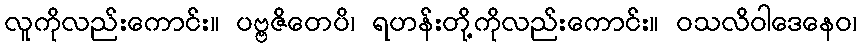
လူကိုလည်းကောင်း။ ပဗ္ဗဇိတေပိ၊ ရဟန်းတို့ကိုလည်းကောင်း။ ဝသလိဝါဒေနေဝ၊